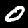
Digit: 0